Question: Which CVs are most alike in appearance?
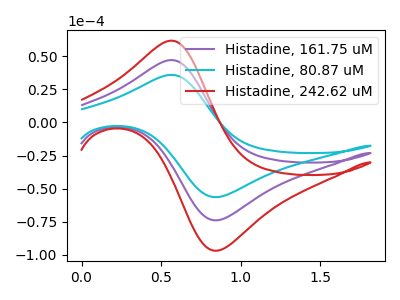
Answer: <think>The purple curve "Histadine, 161.75 uM" has an anodic peak at (0.55V, 47.20uA) and a cathodic peak at (0.85V, -73.90uA). The cyan curve "Histadine, 80.87 uM" has an anodic peak at (0.55V, 36.00uA) and a cathodic peak at (0.85V, -56.35uA). The red curve "Histadine, 242.62 uM" has an anodic peak at (0.55V, 94.40uA) and a cathodic peak at (0.85V, -147.80uA).
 All the peaks in "Histadine, 161.75 uM" have a peak in "Histadine, 80.87 uM" at the same potential. Every peak in "Histadine, 161.75 uM" is higher than every peak in "Histadine, 80.87 uM". All the peaks in "Histadine, 161.75 uM" have a peak in "Histadine, 242.62 uM" at the same potential. Every peak in "Histadine, 161.75 uM" is lower than every peak in "Histadine, 242.62 uM". All the peaks in "Histadine, 80.87 uM" have a peak in "Histadine, 242.62 uM" at the same potential. Every peak in "Histadine, 80.87 uM" is lower than every peak in "Histadine, 242.62 uM".</think>
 <answer>"Histadine, 80.87 uM", "Histadine, 161.75 uM" and "Histadine, 242.62 uM" have the same shape and are likely CV's of the same chemical.</answer>
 <eval>"Histadine, 80.87 uM" "Histadine, 161.75 uM" "Histadine, 242.62 uM"</eval>